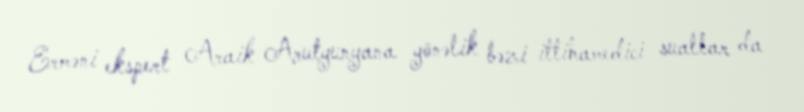
Erməni ekspert Araik Arutyunyana yönəlik bəzi ittihamedici suallar da